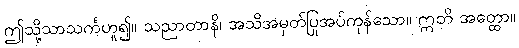
ဤသို့သာသင်္ကဟူ၍။ သညာတာနိ၊ အသိအမှတ်ပြုအပ်ကုန်သော။ ဣတိ အတ္ထော။